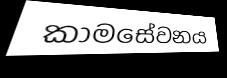
කාමසේවනය